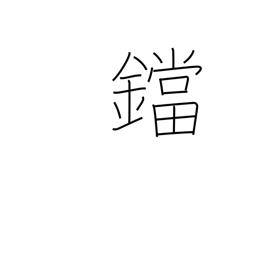
Meaning: flatiron